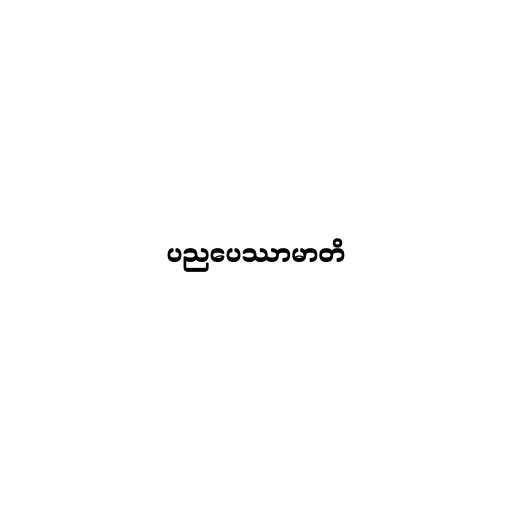
ပညပေဿာမာတိ